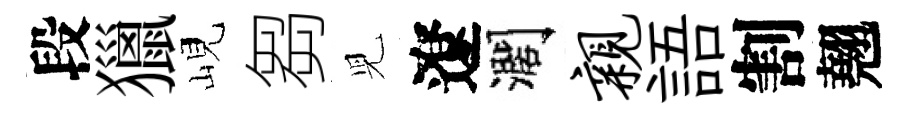
段獵峴芻児遼濶亲語割翹